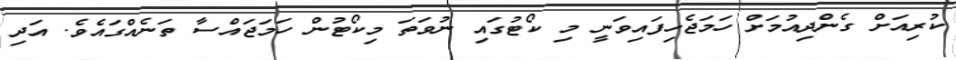
ކުރިއަށް ގެންދިއުމަށް ހަމަޖެހިފައިވަނީ މި ކޯޓުގައި ނުވަތަ މިކޯޓުން ހަމަޖައްސާ ތަނެއްގައެވެ. އަދި